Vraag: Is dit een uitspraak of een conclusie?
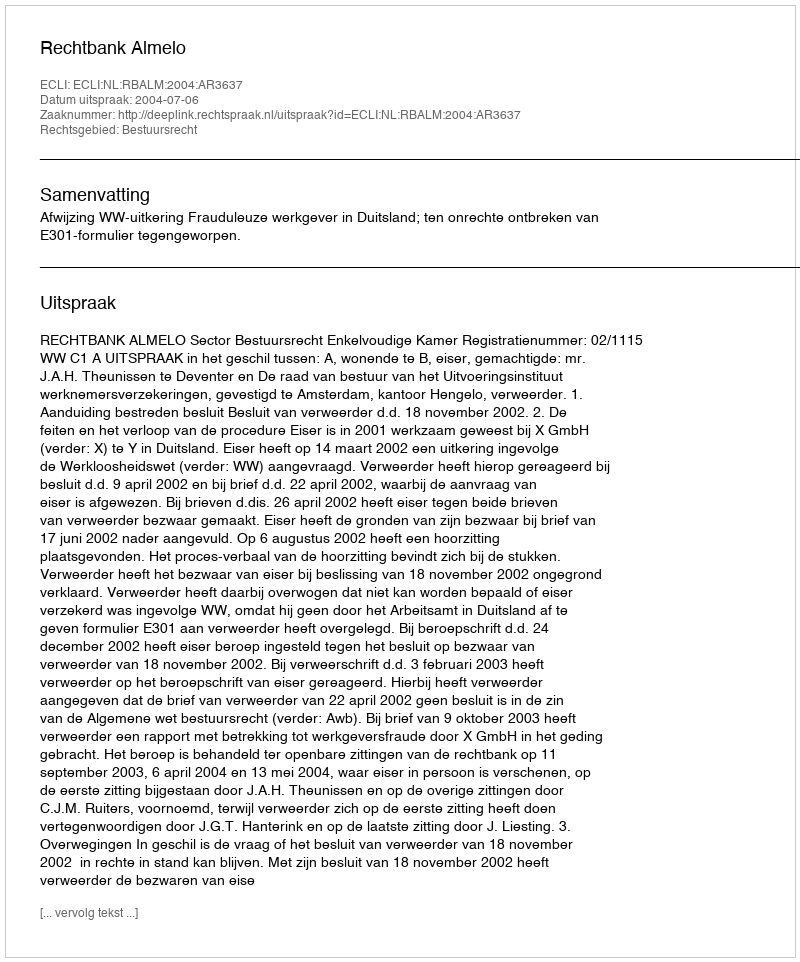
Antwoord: Uitspraak